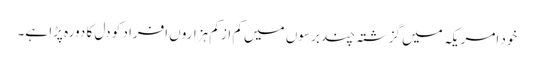
خود امریکہ میں گزشتہ چند برسوں میں کم از کم ہزاروں افراد کو دل کا دورہ پڑا ہے۔